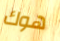
هوك